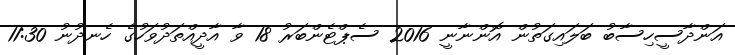
އަންދާސީހިސާބު ބަލައިގަތުން އޮންނާނީ 2016 ސެޕްޓެންބަރު 18 ވާ އާދީއްތަދުވަހުގެ ހެނދުނު 11:30